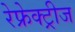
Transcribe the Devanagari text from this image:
रेफ्रेक्ट्रीज